Veterinary [1904] -
Year: 1904
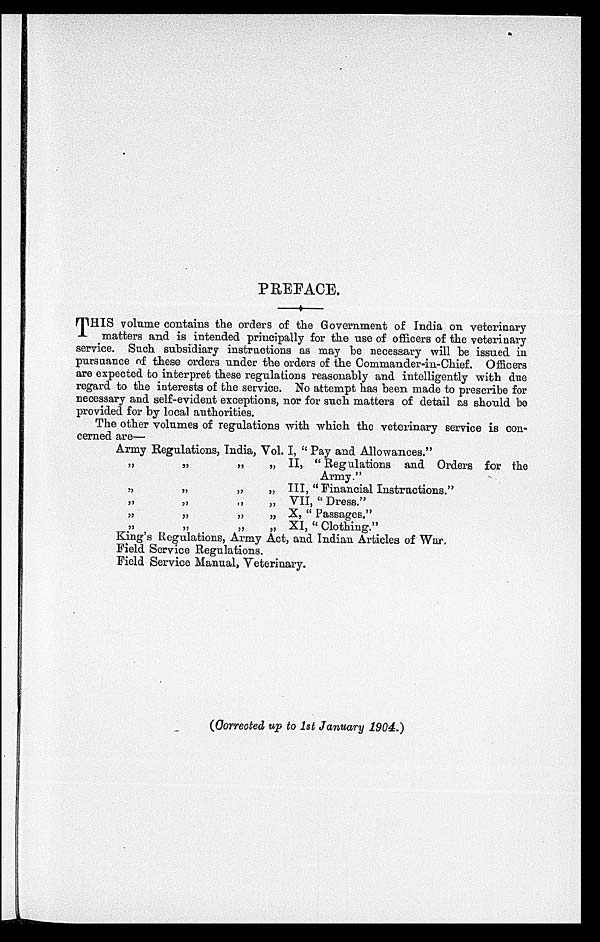
PREFACE.
THIS volume contains the orders of the Government of India on veterinary
matters and is intended principally for the use of officers of the veterinary
service. Such subsidiary instructions as may be necessary will be issued in
pursuance of these orders under the orders of the Commander-in-Chief.
Officers
are expected to interpret these regulations reasonably and intelligently with due
regard to the interests of the service. No attempt has been made to prescribe for
necessary and self-evident exceptions, nor for such matters of detail as should be
provided for by local authorities.
The other volumes of regulations with which the veterinary service is con-
cerned are—
Army Regulations, India, Vol. I, "Pay and Allowances."
„ „ „ „
„ „ „ „
„ „ „ „
„ „ „ „
„ „ „ „
II, "Regulations and Orders for the
Army."
III, "Financial Instructions."
VII, "Dress."
X, "Passages."
XI, "Clothing."
King's Regulations, Army Act, and Indian Articles of War.
Field Service Regulations.
Field Service Manual, Veterinary.
(Corrected up to 1st January 1904.)